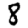
Digit: 8